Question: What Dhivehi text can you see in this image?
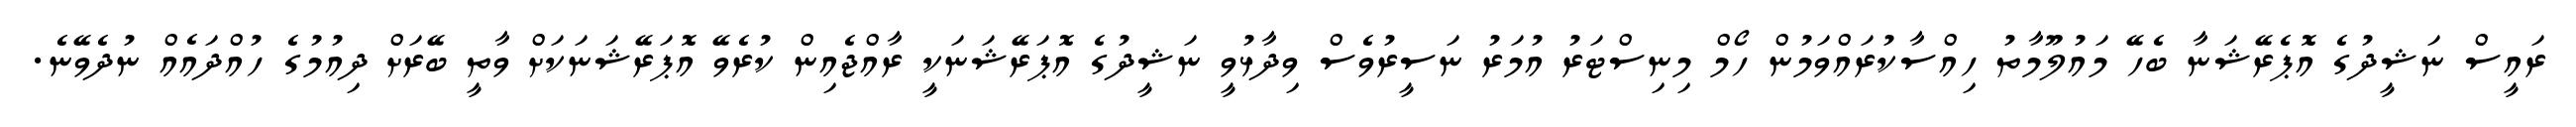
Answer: ރައީސް ނަޝީދުގެ އޮޕެރޭޝަނާ ބެހޭ މައުލޫމާތު ހިއްސާކުރައްވަމުން ހޯމް މިނިސްޓަރު އުމަރު ނަސީރުވެސް ވިދާޅުވީ ނަޝީދުގެ އޮޕަރޭޝަނަކީ ރާއްޖެއިން ކުރެވޭ އޮޕަރޭޝަނަކަށް ވާތީ ބޭރަށް ދިއުމުގެ ހުއްދައެއް ނުދެވޭނެ.